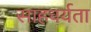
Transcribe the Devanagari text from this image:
साहचर्यता